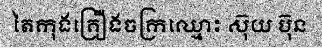
តៃកុងគ្រឿងចក្រឈ្មោះ ស៊ុយ ប៊ុន